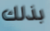
بذلك